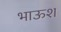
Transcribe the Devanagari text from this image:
भाऊश